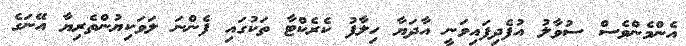
އެންމެންވެސް ސުވާލު އުފެދިފައިވަނީ އާދަޔާ ހިލާފު ކެރެކްޓާ ތަކުގައި ފެންނަ ލަވަކިޔުންތެރިޔާ އޭނަގެ